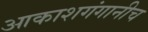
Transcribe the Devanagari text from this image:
आकाशगंगानीच